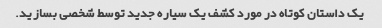
یک داستان کوتاه در مورد کشف یک سیاره جدید توسط شخصی بسازید.